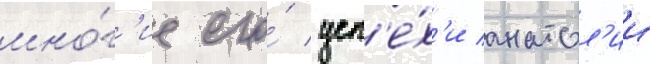
мно́г'ие его́ усп'е́х'и анатол'ии